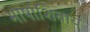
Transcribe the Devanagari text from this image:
भाषांशिवाय